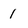
Character: 1